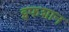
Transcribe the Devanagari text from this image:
इफशान